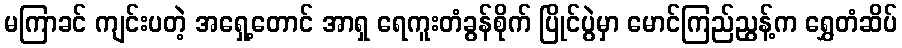
မကြာခင် ကျင်းပတဲ့ အရှေ့တောင် အာရှ ရေကူးတံခွန်စိုက် ပြိုင်ပွဲမှာ မောင်ကြည်ညွန့်က ရွှေတံဆိပ်